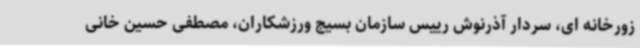
زورخانه ای، سردار آذرنوش رییس سازمان بسیج ورزشکاران، مصطفی حسین خانی